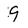
Character: 9